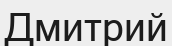
Дмитрий